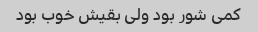
کمی شور بود ولی بقیش خوب بود